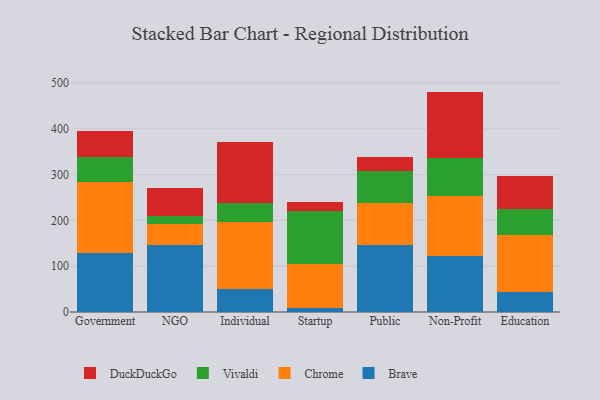
{"axis": {"x": "Segment", "y": "Inventory Turnover"}, "legend": ["Brave", "Chrome", "DuckDuckGo", "Vivaldi"], "data": [{"x": "Government", "y": 128.4, "type": "Brave"}, {"x": "Government", "y": 155.1, "type": "Chrome"}, {"x": "Government", "y": 55.1, "type": "Vivaldi"}, {"x": "Government", "y": 56.8, "type": "DuckDuckGo"}, {"x": "NGO", "y": 147.2, "type": "Brave"}, {"x": "NGO", "y": 45.1, "type": "Chrome"}, {"x": "NGO", "y": 17.2, "type": "Vivaldi"}, {"x": "NGO", "y": 60.6, "type": "DuckDuckGo"}, {"x": "Individual", "y": 50.0, "type": "Brave"}, {"x": "Individual", "y": 146.7, "type": "Chrome"}, {"x": "Individual", "y": 42.0, "type": "Vivaldi"}, {"x": "Individual", "y": 131.6, "type": "DuckDuckGo"}, {"x": "Startup", "y": 8.8, "type": "Brave"}, {"x": "Startup", "y": 96.1, "type": "Chrome"}, {"x": "Startup", "y": 115.3, "type": "Vivaldi"}, {"x": "Startup", "y": 21.0, "type": "DuckDuckGo"}, {"x": "Public", "y": 145.9, "type": "Brave"}, {"x": "Public", "y": 91.3, "type": "Chrome"}, {"x": "Public", "y": 71.5, "type": "Vivaldi"}, {"x": "Public", "y": 30.1, "type": "DuckDuckGo"}, {"x": "Non-Profit", "y": 122.3, "type": "Brave"}, {"x": "Non-Profit", "y": 131.2, "type": "Chrome"}, {"x": "Non-Profit", "y": 82.8, "type": "Vivaldi"}, {"x": "Non-Profit", "y": 145.0, "type": "DuckDuckGo"}, {"x": "Education", "y": 44.2, "type": "Brave"}, {"x": "Education", "y": 124.9, "type": "Chrome"}, {"x": "Education", "y": 55.0, "type": "Vivaldi"}, {"x": "Education", "y": 72.2, "type": "DuckDuckGo"}]}